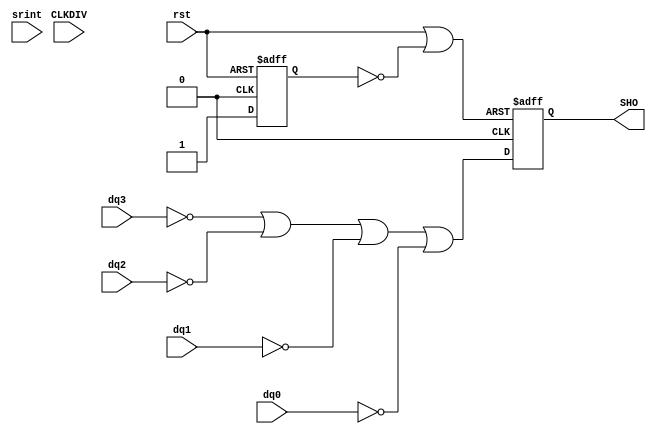
module selfheal_oserdese1_vlog (dq3, dq2, dq1, dq0,
		CLKDIV, srint, rst,
                SHO);
input		dq3, dq2, dq1, dq0;
input		CLKDIV, srint, rst;
output		SHO;
reg		shr;
reg		SHO;
wire		clkint;
wire error;
wire rst_in, rst_self_heal;
wire    [4:0]   SELFHEAL;
assign SELFHEAL = 5'b00000;
parameter     	FFD = 10; 
parameter	FFCD = 10; 
parameter	MXD = 10; 
parameter	MXR1 = 10;
assign	clkint = CLKDIV & SELFHEAL[4];
assign error = (((~SELFHEAL[4] ^ SELFHEAL[3]) ^  dq3) | ((~SELFHEAL[4] ^ SELFHEAL[2]) ^  dq2) | ((~SELFHEAL[4] ^ SELFHEAL[1]) ^  dq1) | ((~SELFHEAL[4] ^ SELFHEAL[0]) ^  dq0));
assign rst_in = (~SELFHEAL[4] | ~srint);
assign rst_self_heal = (rst | ~shr);
always @ (posedge clkint or posedge rst)
begin
	begin
	if (rst)
		begin
			shr <= # FFD 1'b0;
		end
        else begin
		shr <= #FFD rst_in;
 	end
	end
end
always @ (posedge clkint or posedge rst_self_heal)
begin
	begin
	if (rst_self_heal)
		begin
			SHO <= 1'b0;
		end
	else 
		begin
			SHO <= # FFD error;
		end
	end
end
endmodule